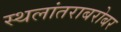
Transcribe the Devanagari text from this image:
स्थलांतराबरोबर